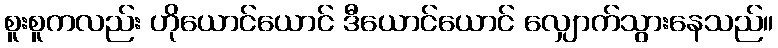
စူးစူကလည်း ဟိုယောင်ယောင် ဒီယောင်ယောင် လျှောက်သွားနေသည်။